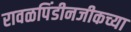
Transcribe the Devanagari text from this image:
रावळपिंडीनजीकच्या